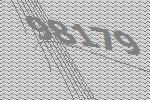
98179